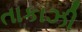
તાકાઝી